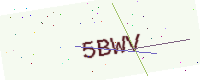
Text: 5BWV